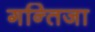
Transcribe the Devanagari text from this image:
गन्तिजा